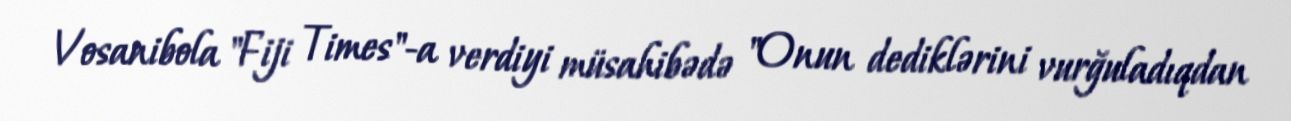
Vosanibola "Fiji Times"-a verdiyi müsahibədə "Onun dediklərini vurğuladıqdan